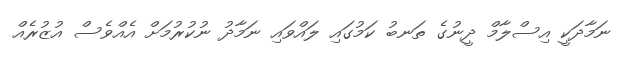
ނަމާދަކީ އިސްލާމް ދީނުގެ ތަނބު ކަމުގައި ލައްވައި ނަމާދު ނުކުރުމަށް އެއްވެސް އުޒުރެއް